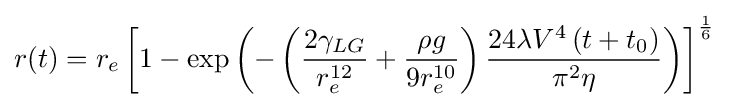
r(t)=r_{e}\left[1-\exp \left(-\left({\frac {2\gamma _{LG}}{r_{e}^{12}}}+{\frac {\rho g}{9r_{e}^{10}}}\right){\frac {24\lambda V^{4}\left(t+t_{0}\right)}{\pi ^{2}\eta }}\right)\right]^{\frac {1}{6}}